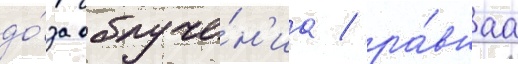
до́за облуче́н'иа / ра́внаа